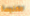
الكنيسة